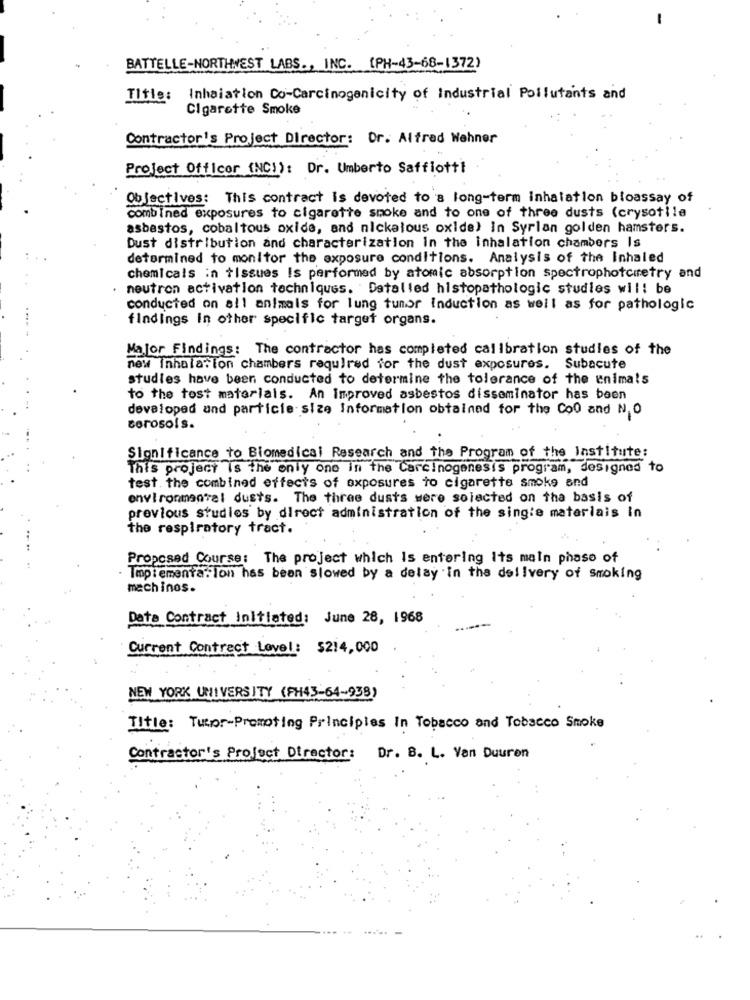
BATTELLE-NORTHWEST LABS ., INC. (PH-43-68-1372)
Title: Inhalation Co-Carcinogenicity of Industrial Pollutants and
Cigarette Smoke
Contractor's Project Director: Dr. Alfred Wehner
Project Officer (NC)): Dr. Umberto Saffiotti
Objectives: This contract is devoted to a long-term inhalation bioassay of
combined exposures to cigarette smoke and to one of three dusts (crysotile
asbastos, cobaltous oxide, and nickalous oxide) in Syrian golden hamsters.
Dust distribution and characterization in the inhalation chambers Is
determined to monitor the exposure conditions. Analysis of the Inhaled
chemicals in tissues Is performed by atomic absorption spectrophotoiretry and
neutron activation techniques. Datalled histopathologic studies will be
conducted on all animals for lung tumor induction as well as for pathologic
findings in other specific target organs.
Major Findings: The contractor has completed calibration studies of the
new Inhalation chambers required for the dust exposures. Subacute
studies have been conducted to determine the tolerance of the enimals
to the tost materials. An Improved asbestos disseminator has been
developed and particie size Information obtained for the Co0 and N. O
corosols.
Significance to Biomedical Research and the Program of the Institute:
This project is the only one in the Carcinogenesis program, designed to
test. the combined effects of exposures to cigarette smoke and
environmental dusts. The three dusts were selected on the basis of
previous studies by direct administration of the single materiais in
the respiratory tract.
Proposed Course: The project which Is entering Its main phase of
Implementa. lon has been slowed by a delay in the delivery of smoking
mach inos.
Data Contract Initiated: June 28, 1968
Current Contract Lovel: $214,000
NEW YORK UNIVERSITY (FH43-64-938)
Title: Tutor-Promoting Principles In Tobacco and Tobacco Smoke
Contractor's Project Director: Dr. B. L. Van Duuren